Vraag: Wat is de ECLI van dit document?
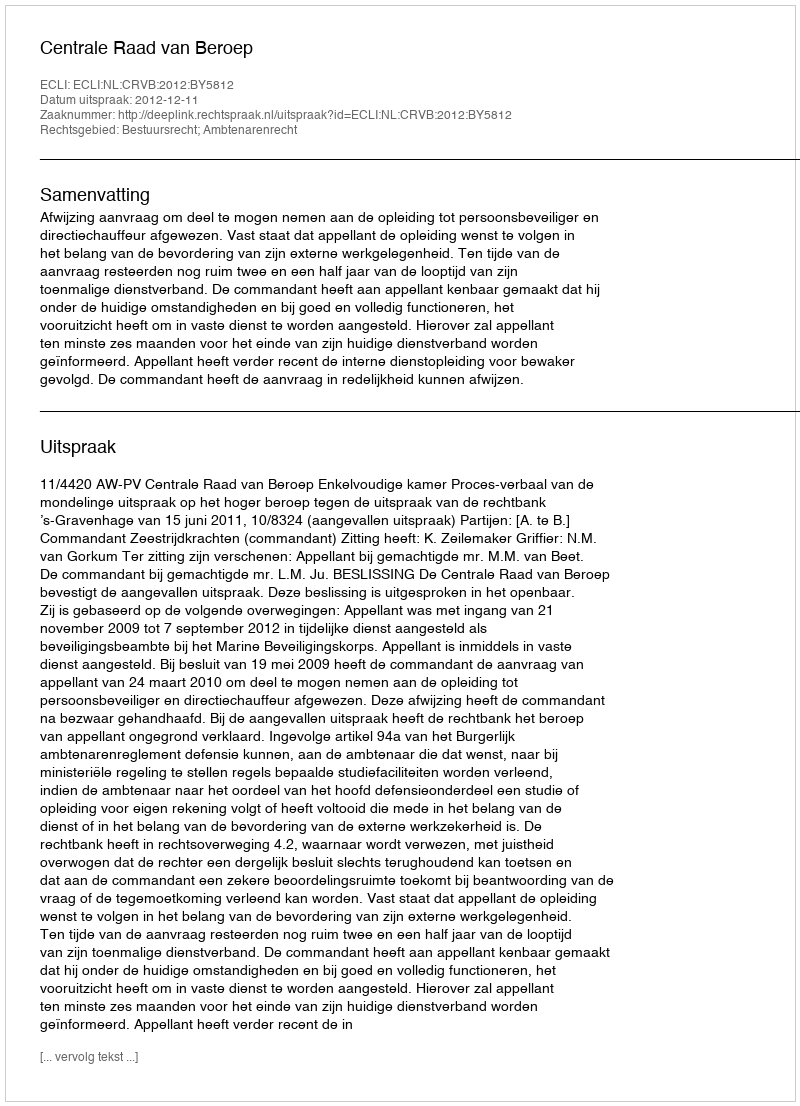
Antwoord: ECLI:NL:CRVB:2012:BY5812